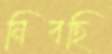
নিবছি